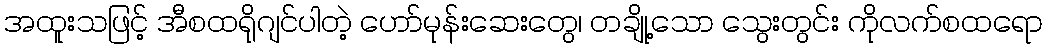
အထူးသဖြင့် အီစထရိုဂျင်ပါတဲ့ ဟော်မုန်းဆေးတွေ၊ တချို့သော သွေးတွင်း ကိုလက်စထရော